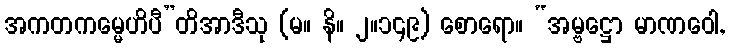
အကတကမ္မေဟိပီ”တိအာဒီသု (မ။ နိ။ ၂။၁၄၉) စောရော။ “အမ္ဗဋ္ဌော မာဏဝေါ,